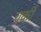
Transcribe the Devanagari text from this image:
यकीं